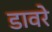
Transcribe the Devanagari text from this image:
डावरे